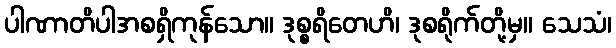
ပါဏာတိပါအစရှိကုန်သော။ ဒုစ္စရိတေဟိ၊ ဒုစရိုက်တို့မှ။ သေသံ၊